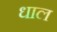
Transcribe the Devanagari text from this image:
धाल